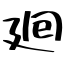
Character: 𢌞